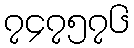
၇၄၇၅၇၆